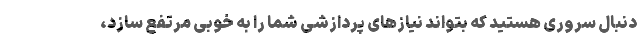
دنبال سروری هستید که بتواند نیازهای پردازشی شما را به خوبی مرتفع سازد،